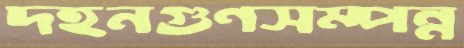
দহনগুণসম্পন্ন